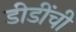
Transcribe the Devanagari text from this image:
डीडींची